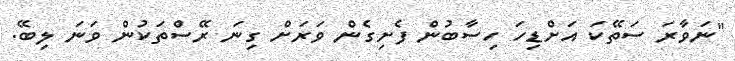
"ނަވާރަ ސަތޭކަ އަށްޑިހަ ހިސާބުން ފެށިގެން ވަރަށް ގިނަ ރޭސްތަކުން ވަނަ ލިބޭ.